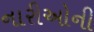
નારીઓની